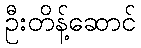
ဦးတိန့်ဆောင်